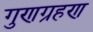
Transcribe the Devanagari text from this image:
गुणग्रहण